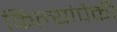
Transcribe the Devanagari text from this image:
किल्यांपैकी